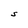
Character: S